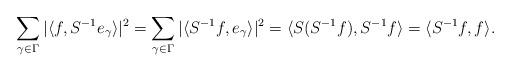
LaTeX: \begin{align*}\sum_{\gamma \in \Gamma} | \langle f, S^{-1} e_\gamma \rangle|^2 = \sum_{\gamma \in \Gamma} | \langle S^{-1} f, e_\gamma \rangle|^2 = \langle S (S^{-1} f), S^{-1} f \rangle = \langle S^{-1} f, f \rangle.\end{align*}